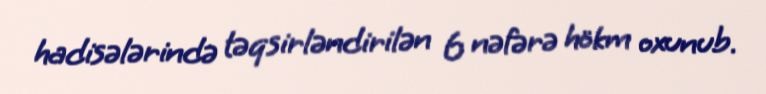
hadisələrində təqsirləndirilən 6 nəfərə hökm oxunub.